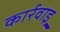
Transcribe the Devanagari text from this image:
कार्रवाइ्र्र